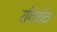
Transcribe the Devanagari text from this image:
रविशेठ